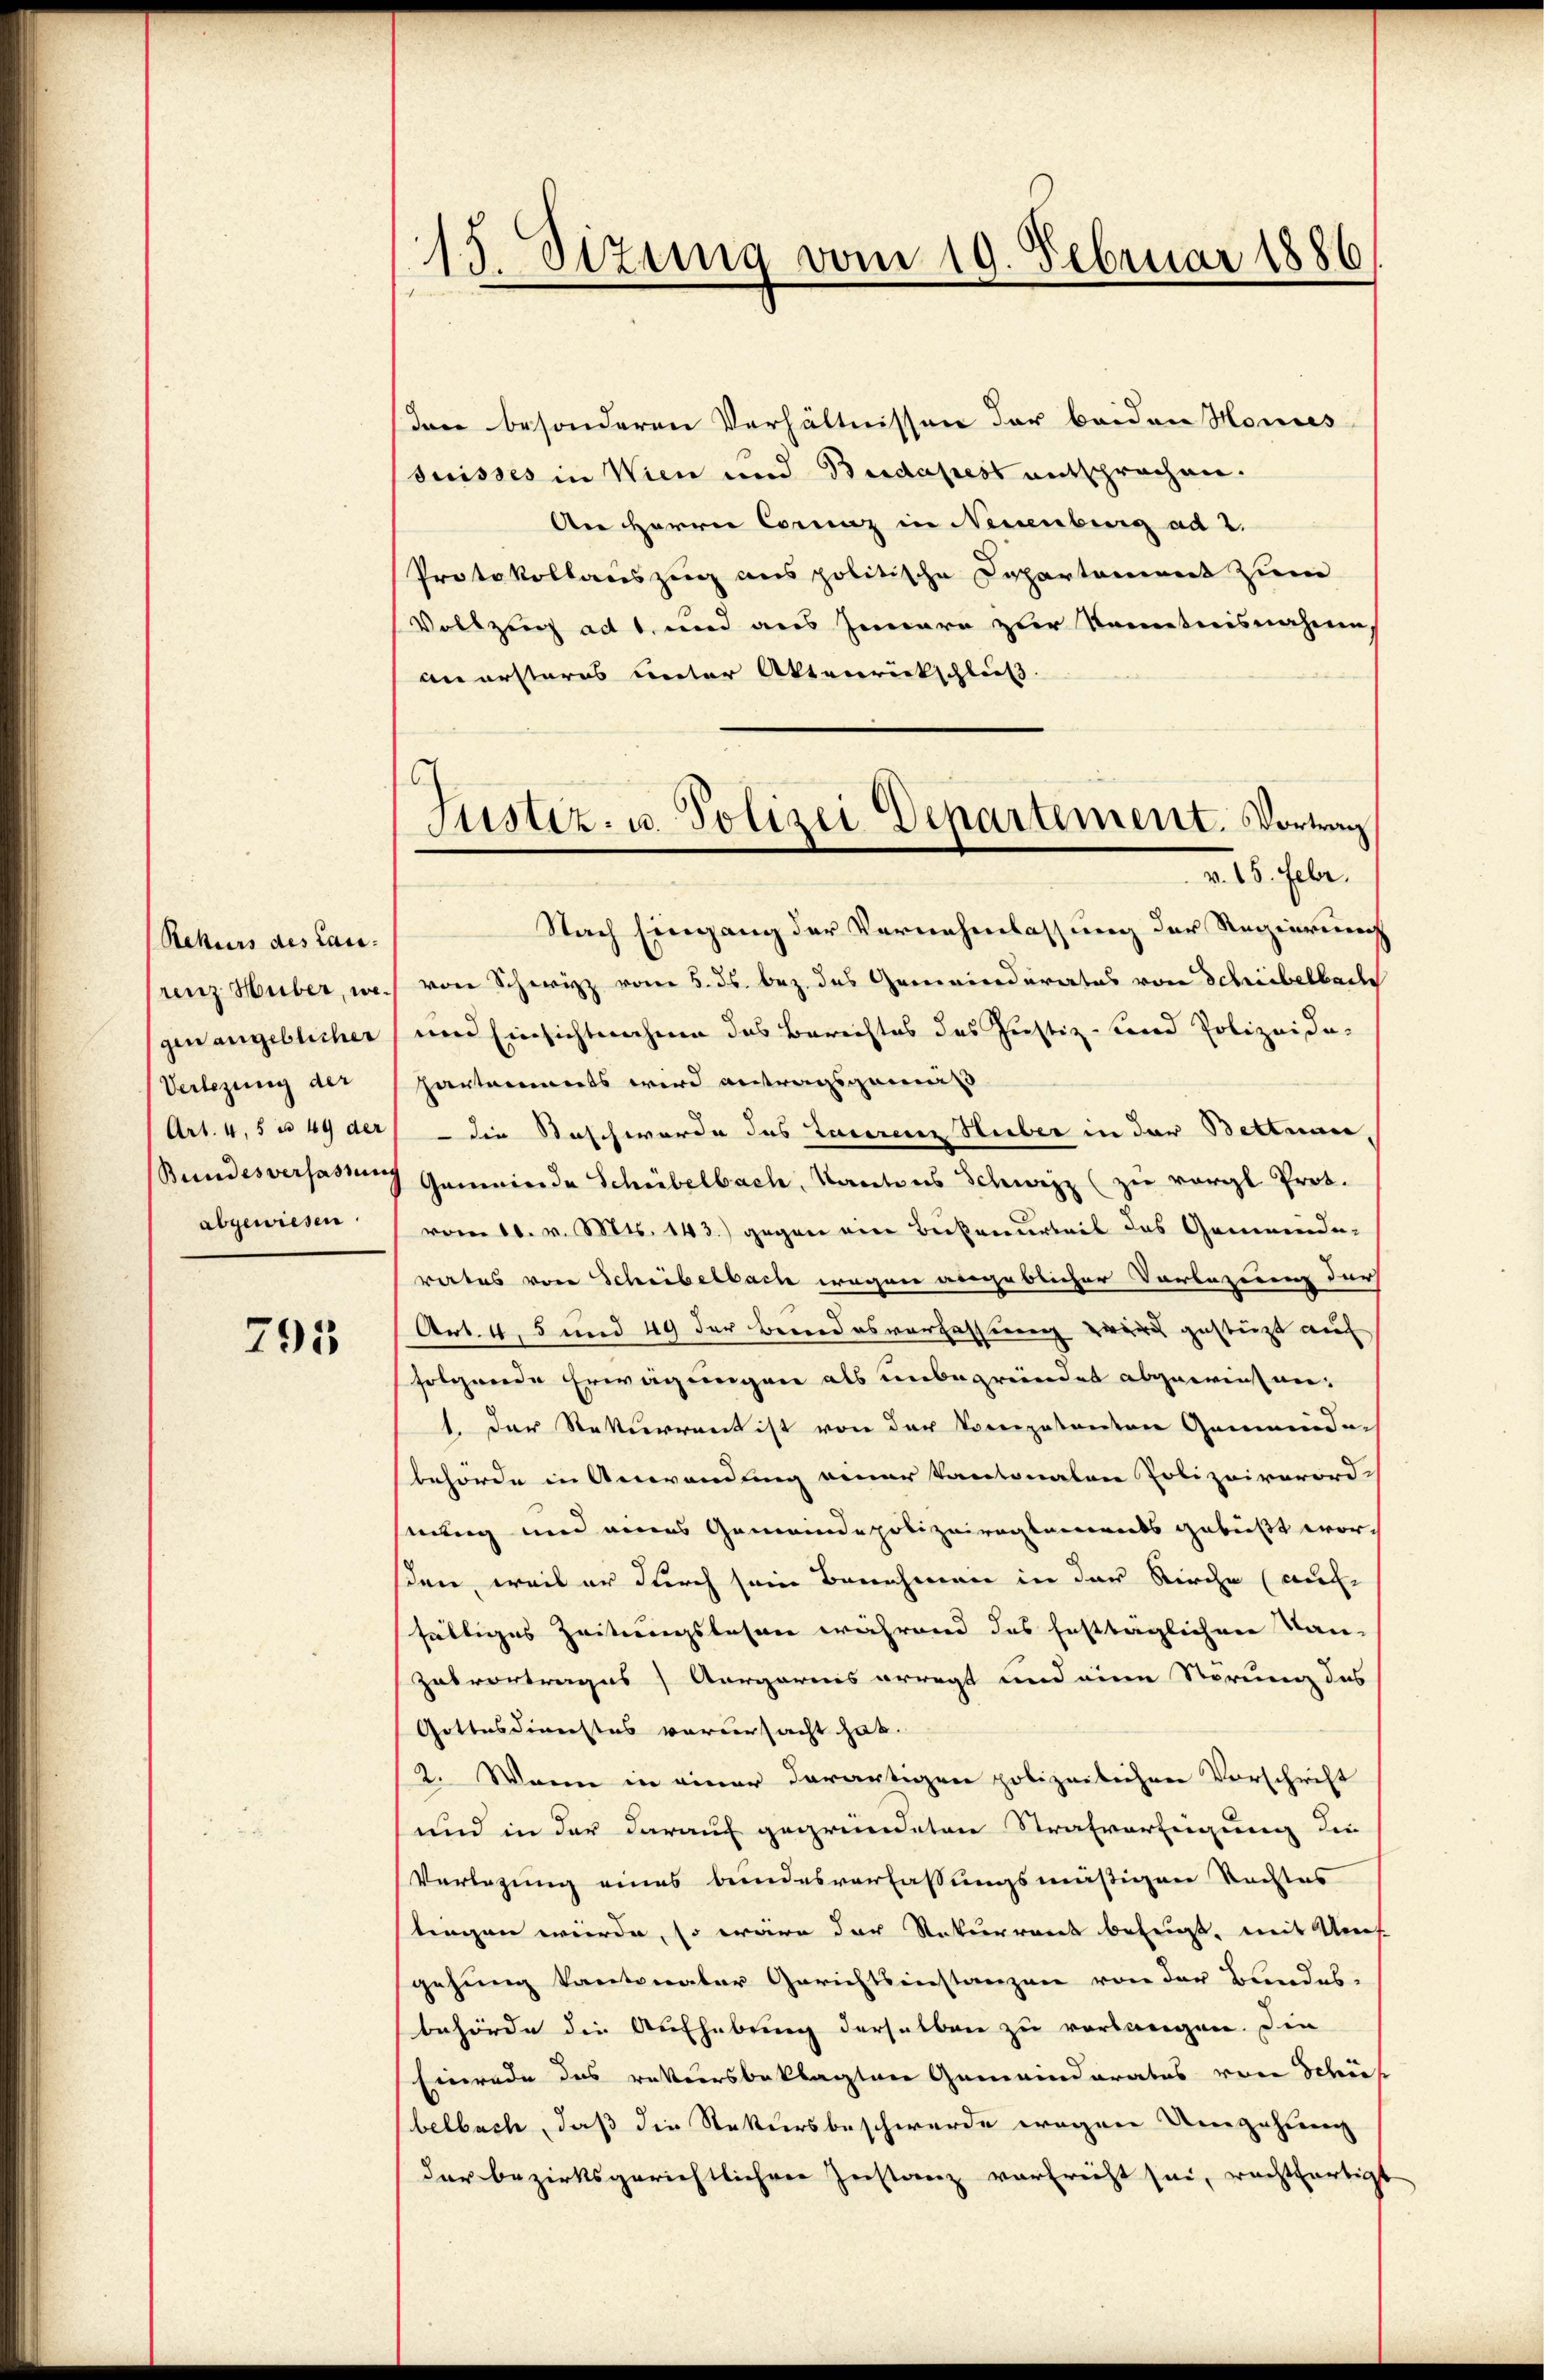
Rekurs des Lau-
renz Huber, wegenangeblicher
(Verlegung der
Art. 4, 5 u 49 der
Bundesverfassen
abgewiesen.

795

15. Sizung vom 10. Februar 1886

Ien besonderen Verhältnissen der beiden Hones
suisses in Wien und Budapest entsprochen.
Der HHerrn Commiz in Neuenburg ad 2.
Protokollauszug aus politische Departement zum
Vollzug ad 1. und aus Jennere zur Kenntnisnahme
an ersteres unter Aktenrickschluß.
v. 15. Febr.
Nach Eingang der Vernehmlassung der Regierung
von Schwyz vom 5. ds. bez. des Gemeinderates von Schreibelbach
und Einsichtnahme das Berichtes des Justiz- und Polizeide-
hartements wird antragsgemäss
 die Beschwerde das Laurenz Stuber in der Betteure
Gemeinde Schübelbach, Kantons Schweiz (zu vergl. Prot.
vom 16. v. Mts. 143.) gegen eine Beisenarbeit des Gemeinde-
rates von Schribelbach wegen angeblicher Vorlegung der
Art. 4, 5 und 49 der Bendesverfassung zwei gestützt auf
folgende Erwägungen als unbegründet abgeweisen¬
1. Der Rekurrent ist von der Competenten Gemeinder
behörde in Anwendung einer Kantonalen Polizeiverordhnung und eines Gemeinde polizeireglements gebüßt worsden, weil er durch sein Benehmen in der Kirche (auf-
fältiges Zeitungslesen während des festtaglichen Tan-
zesvortrages Aargarnis erregt und eine Störung des
Gottesdirechtes verursacht hab.
2. Wenn in einer derartigen polizeilichen Vorschrift
und in der darauf gegründeten Strafverfügung die
Verlegung eines bundesverfassungsmäßigen Rechtes
stiegen würde, so wäre der Naturrent befugt, mit Uns.
gehung kantonaler Gerichtsinstanzen von der Bandel-
behörde die Aufhebung derselben zu verlangen. Die
Einrade des rekursbeklagten Gemeinderates von Schif
belbach, daß die Rekursbeschwerde wegen Umgehung
dar bezirksgerichtlichere Instanz verbrecht sei, rechtfertigt

)
Justiz- u. Polizei Departement. Vortrag